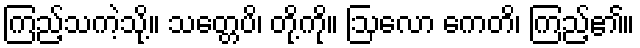
ကြည့်သကဲ့သို့။ သတ္တေပိ၊ တို့ကို။ ဩလော ကေတိ၊ ကြည့်၏။